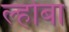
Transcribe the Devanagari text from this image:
ल्होबा